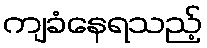
ကျခံနေရသည့်